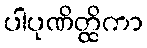
ပါပုဏိတ္ထိကာ